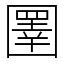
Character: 圛